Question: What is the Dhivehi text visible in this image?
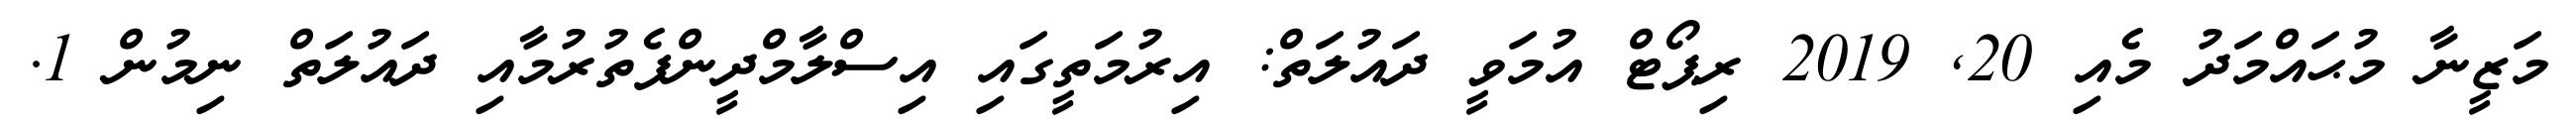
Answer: މަޒީނާ މުޙައްމަދު މެއި 20, 2019 ރިޕޯޓް އުމަވީ ދައުލަތް: އިރުމަތީގައި އިސްލާމްދީންފެތުރުމާއި ދައުލަތް ނިމުން 1.